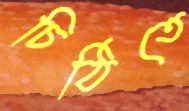
চিঠিতে